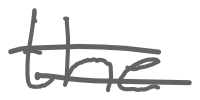
Text: the
Cross-out: double-line
Writing tool: digital_gray